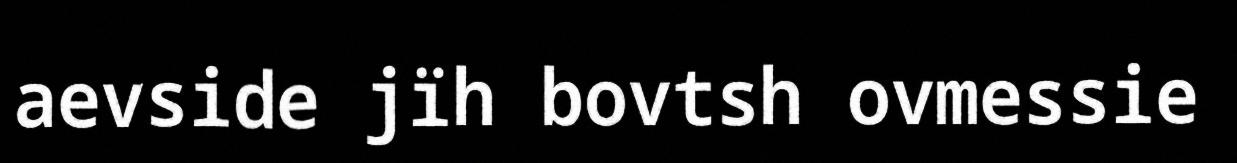
aevside jïh bovtsh ovmessie